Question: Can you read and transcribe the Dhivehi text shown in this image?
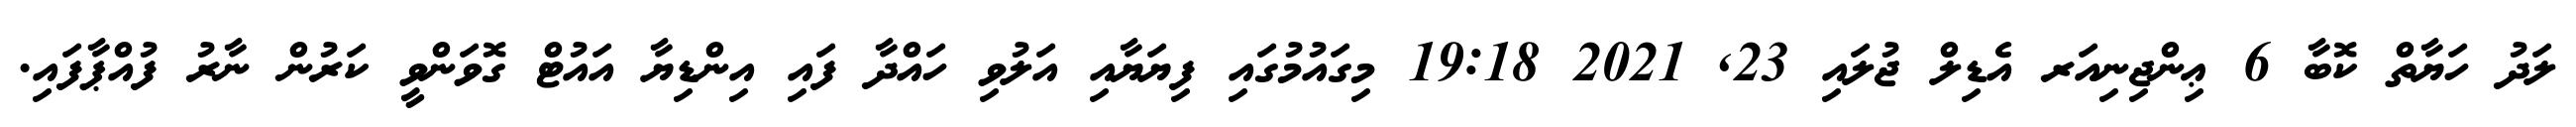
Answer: ލަދު ހަޔާތް ކޮބާ 6 ޢިންޖިނިއަރ އެޑިލް ޖުލައި 23, 2021 19:18 މިގައުމުގައި ފިޔަޔާއި އަލުވި ހައްދާ ފައި އިންޑިޔާ އައުޓް ގޮވަންވީ ކަރުން ނާރު ފުއްޕާފައި.